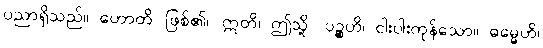
ပညာရှိသည်။ ဟောတိ၊ ဖြစ်၏။ ဣတိ၊ ဤသို့။ ပဉ္စဟိ၊ ငါးပါးကုန်သော။ ဓမ္မေဟိ၊